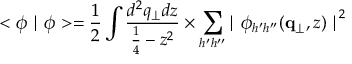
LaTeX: < \phi \mid \phi > = { \frac { 1 } { 2 } } \int { \frac { d ^ { 2 } q _ { \perp } d z } { { \frac { 1 } { 4 } } - z ^ { 2 } } } \times \sum _ { h ^ { \prime } h ^ { \prime \prime } } { \mid \phi _ { h ^ { \prime } h ^ { \prime \prime } } ( { \bf q } _ { \perp } , z ) \mid } ^ { 2 }